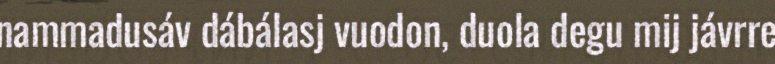
nammadusáv dábálasj vuodon, duola degu mij jávrre